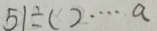
5 1 \div ( ) \cdots a